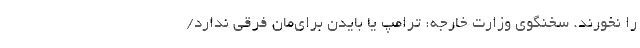
را نخورند. سخنگوی وزارت خارجه: ترامپ یا بایدن برای‌مان فرقی ندارد/